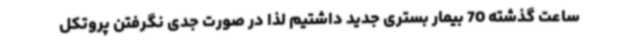
ساعت گذشته 70 بیمار بستری جدید داشتیم لذا در صورت جدی نگرفتن پروتکل